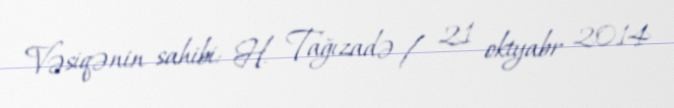
Vəsiqənin sahibi: H. Tağızadə / 21 oktyabr 2014